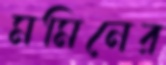
মমিনের